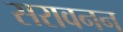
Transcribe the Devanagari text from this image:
सरावनन